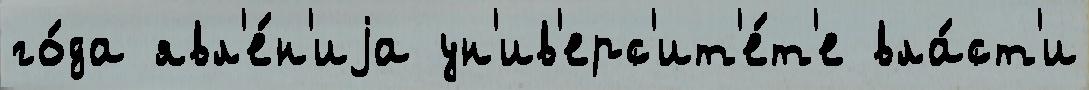
го́да явл'е́н'иjа ун'ив'ерс'ит'е́т'е вла́ст'и